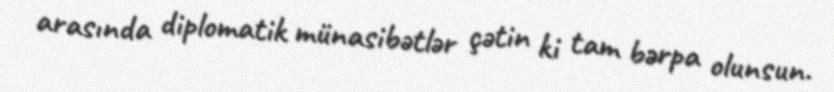
arasında diplomatik münasibətlər çətin ki tam bərpa olunsun.